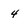
Character: 4